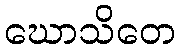
ဃောသိတေ